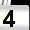
Digit: 4